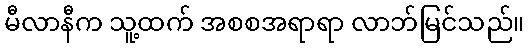
မီလာနီက သူ့ထက် အစစအရာရာ လာဘ်မြင်သည်။